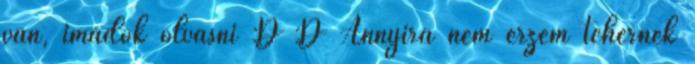
van, imádok olvasni :D :D Annyira nem érzem tehernek